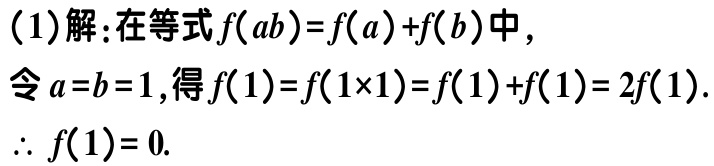
(1)解：在等式\(f(ab)=f(a)+f(b)\)中，
令\(a = b = 1\)，得\(f(1)=f(1\times1)=f(1)+f(1)=2f(1)\).
\(\therefore f(1)=0\).